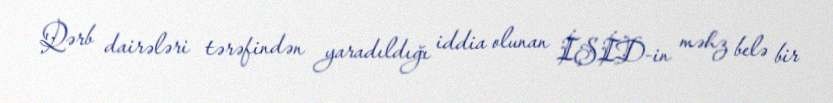
Qərb dairələri tərəfindən yaradıldığı iddia olunan İŞİD-in məhz belə bir